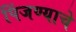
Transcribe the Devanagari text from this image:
पिंजण्याचे